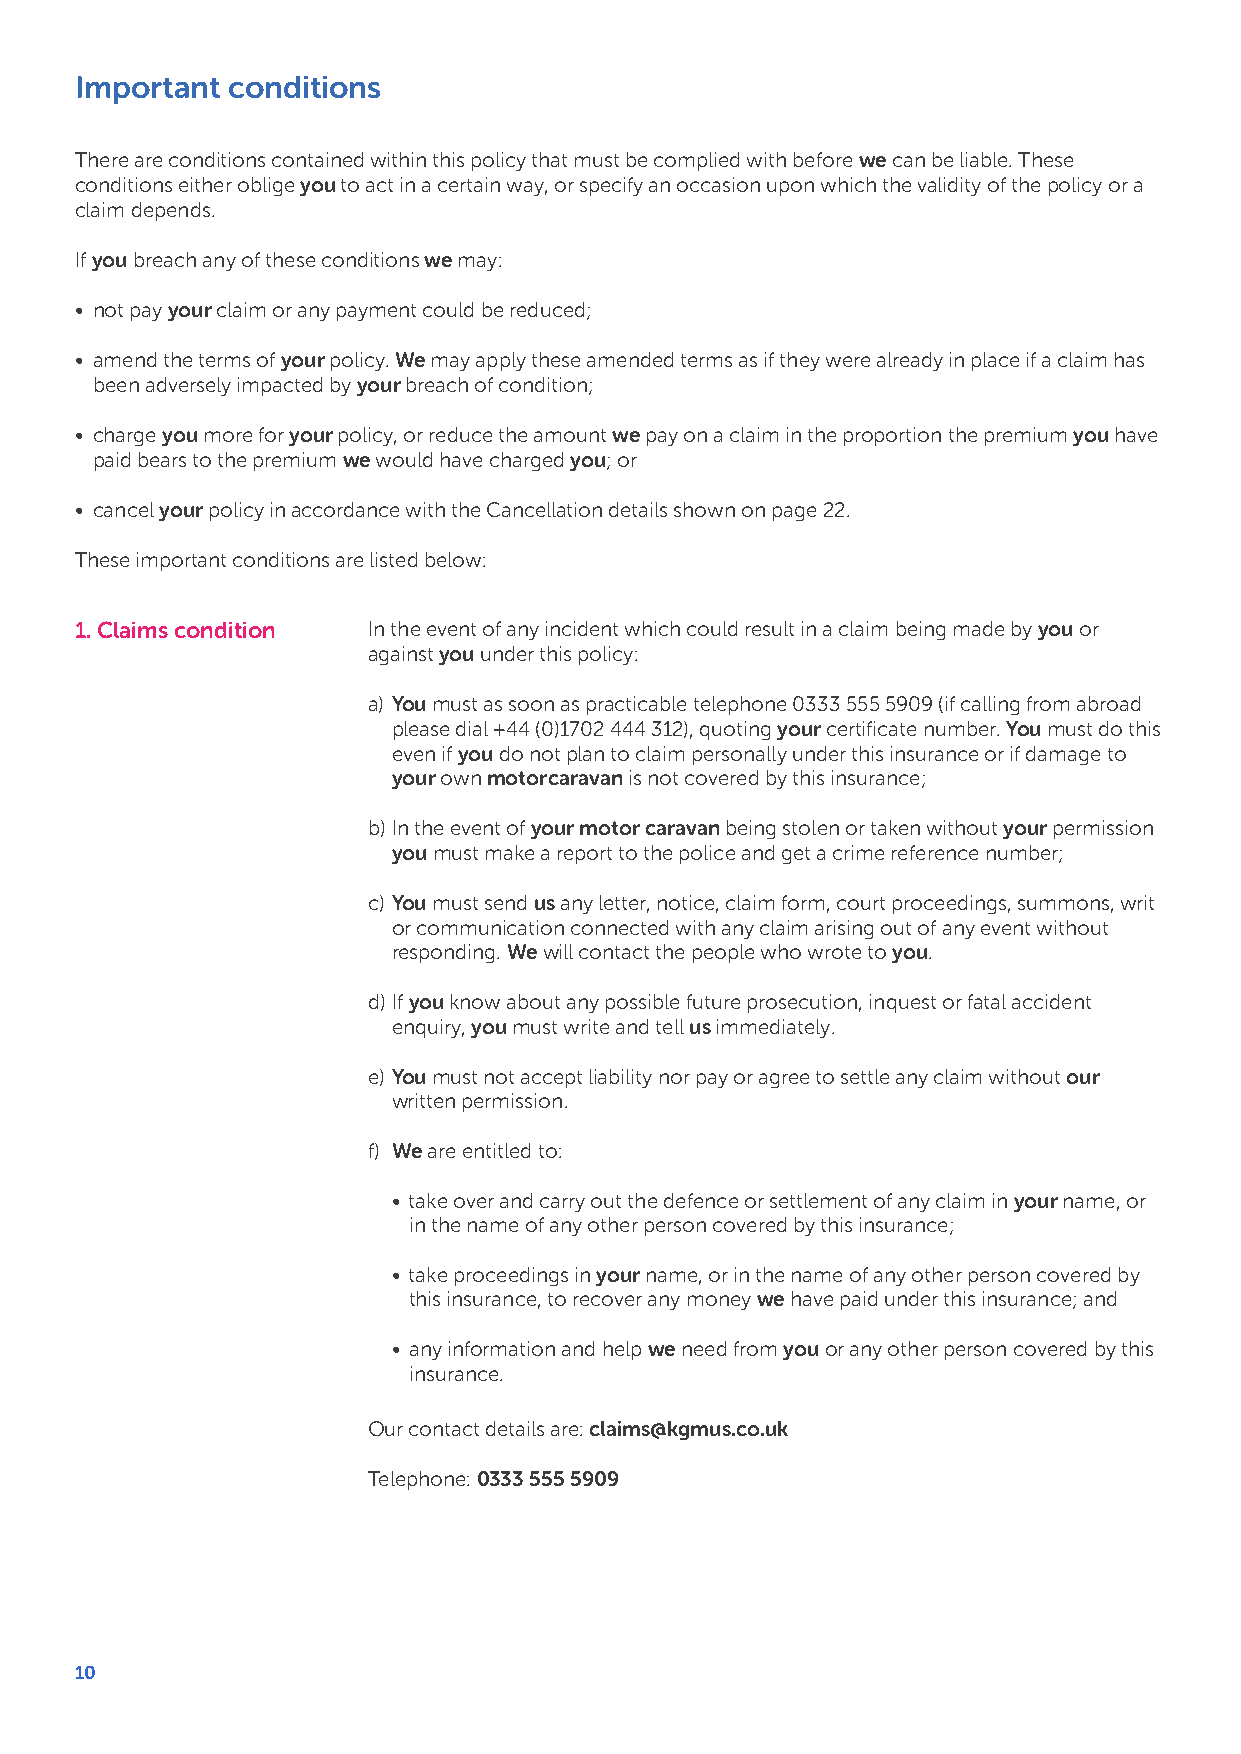
Important conditions
 There are conditions contained within this policy that must be complied with before we can be liable. These
 conditions either oblige you to act in a certain way, or specify an occasion upon which the validity of the policy or a
 claim depends.
 If you breach any of these conditions we may:
 • not pay your claim or any payment could be reduced;
 • amend the terms of your policy. We may apply these amended terms as if they were already in place if a claim has
 been adversely impacted by your breach of condition;
 • charge you more for your policy, or reduce the amount we pay on a claim in the proportion the premium you have
 paid bears to the premium we would have charged you; or
 • cancel your policy in accordance with the Cancellation details shown on page 22.
 These important conditions are listed below:
 1.Claims condition In the event of any incident which could result in a claim being made by you or
 against you under this policy:
 a) You must as soon as practicable telephone 0333 555 5909 (if calling from abroad
 please dial +44 (0)1702 444 312), quoting your certificate number. You must do this
 even if you do not plan to claim personally under this insurance or if damage to
 your own motor caravan is not covered by this insurance;
 b)In the event of your motor caravan being stolen or taken without your permission
 you must make a report to the police and get a crime reference number;
 c) You must send us any letter, notice, claim form, court proceedings, summons, writ
 or communication connected with any claim arising out of any event without
 responding. We will contact the people who wrote to you.
 d)If you know about any possible future prosecution, inquest or fatal accident
 enquiry, you must write and tell us immediately.
 e) You must not accept liability nor pay or agree to settle any claim without our
 written permission.
 f) We are entitled to:
 • take over and carry out the defence or settlement of any claim in your name, or
 in the name of any other person covered by this insurance;
 • take proceedings in your name, or in the name of any other person covered by
 this insurance, to recover any money we have paid under this insurance; and
 • any information and help we need from you or any other person covered by this
 insurance.
 Our contact details are: claims@kgmus.co.uk
 Telephone: 0333 555 5909
 10